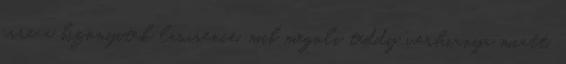
erre a bizonyitek lawrence. mib megoli teddy verhianya miatt,